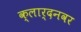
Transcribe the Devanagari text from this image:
क्लार्दनवर